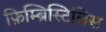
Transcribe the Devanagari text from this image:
फ़िम्ब्रिस्टिलिस